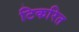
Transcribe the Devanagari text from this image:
टिकरित